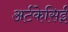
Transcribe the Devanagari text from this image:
अर्टकेसिई